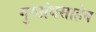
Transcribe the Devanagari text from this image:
गुरुग्रंथसाहेब